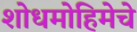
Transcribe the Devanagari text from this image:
शोधमोहिमेचे